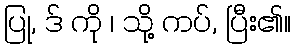
ပြု, ဒ် ကို ၊ သို့ ကပ်, ပြီး၏။